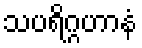
သပရိဂ္ဂဟာနံ